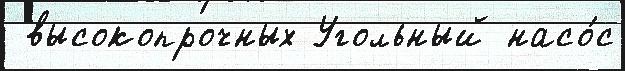
 высокопрочных Угольный насо́с